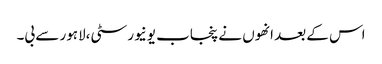
اس کے بعد انھوں نے پنجاب یونیورسٹی،لاہور سے بی۔